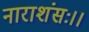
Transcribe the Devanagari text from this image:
नाराशंसः।।